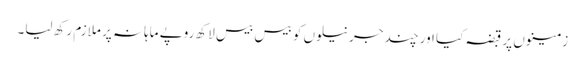
زمینوں پر قبضہ کیا اور چند جرنیلوں کو بیس بیس لاکھ روپے ماہانہ پر ملازم رکھ لیا۔